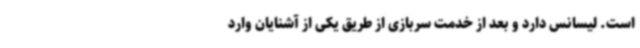
است. لیسانس دارد و بعد از خدمت سربازی از طریق یکی از آشنایان وارد